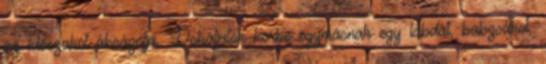
az időszakot ábrázolja. Dobáljatok körbe egymásnak egy labdát, babzsákot,